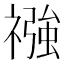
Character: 𮂏